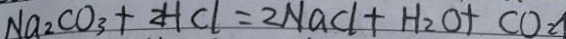
N a _ { 2 } C O _ { 3 } + z H C l = z N a C l + H _ { 2 } O + C O _ { 2 }